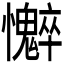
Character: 𫻣